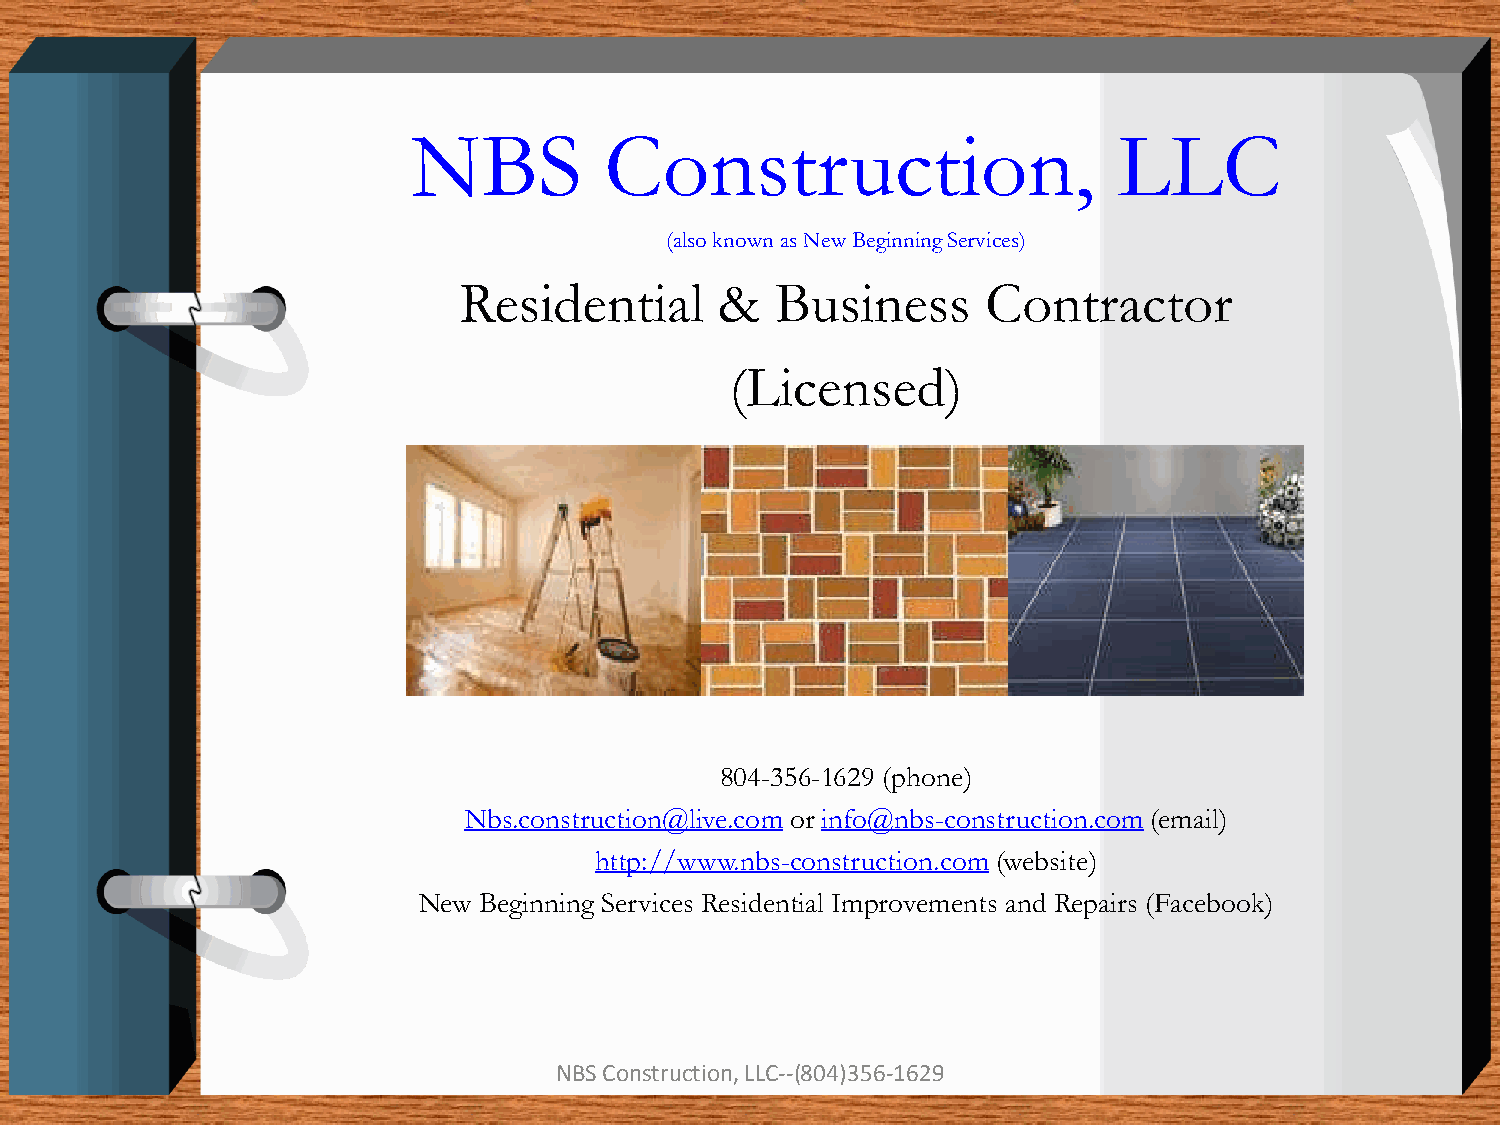
NBS          Construction,                     LLC
 (also known as New Beginning Services)
 Residential       &  Business      Contractor
 (Licensed)
 804-356-1629 (phone)
 Nbs.construction@live.com or info@nbs-construction.com (email)
 http://www.nbs-construction.com (website)
 New Beginning Services Residential Improvements and Repairs (Facebook)
 NBS Construction, LLC--(804)356-1629